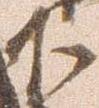
下